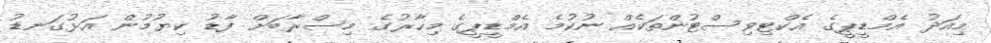
މިއަދު އެމްޑީޕީގެ އެކްޓިވިސްޓުންތަކެއް ނުކުމެ އެމްޑީޕީގެ މިހާރުގެ މިސްރާބަށް ފާޑު ކިޔުމުން އަޅުގަނޑު